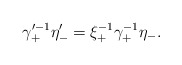
\begin{align*}\gamma^{\prime -1}_+ \eta'_- = \xi^{-1}_+ \gamma^{-1}_+\eta_-.\end{align*}